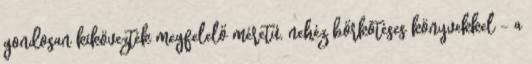
gondosan kikövezték megfelelő méretű, nehéz bőrkötéses könyvekkel – a